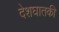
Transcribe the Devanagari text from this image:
देशघातकी